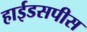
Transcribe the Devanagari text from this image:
हाईडसपीस